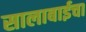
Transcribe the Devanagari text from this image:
सालाबाईचा